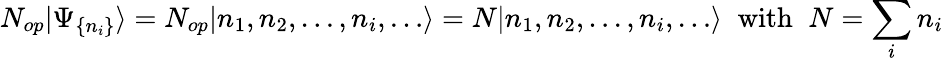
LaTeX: N_{op}|\Psi_{\{ n_{i}\} }\rangle=N_{op}|n_{1},n_{2},\dots,n_{i},\dots\rangle=N|n_{1},n_{2},\dots,n_{i},\dots\rangle\; \; \mathrm{with}\; \; N=\sum_{i}n_{i}